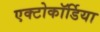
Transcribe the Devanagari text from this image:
एक्टोकॉर्डिया